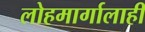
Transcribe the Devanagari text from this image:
लोहमार्गालाही